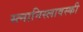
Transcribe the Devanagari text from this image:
स्त्नानिस्लावस्की